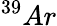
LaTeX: ^{39}Ar